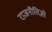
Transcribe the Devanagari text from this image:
राजनीतिज्ञो